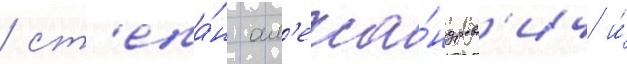
/ ст'епа́н ал'екса́ндров'ич и́